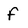
Character: f